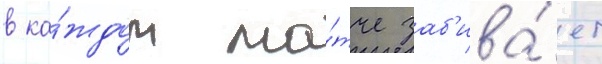
в ка́ждом ма́тче заб'ива́ет